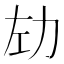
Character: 𫦦